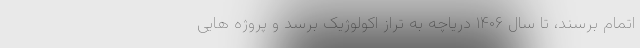
اتمام برسند، تا سال ۱۴۰۶ دریاچه به تراز اکولوژیک برسد و پروژه هایی